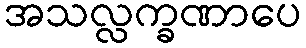
အသလ္လက္ခဏာပေ